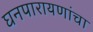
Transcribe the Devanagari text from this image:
घनपारायणांचा